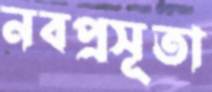
নবপ্রসূতা